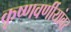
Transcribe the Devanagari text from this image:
कृष्णवर्णीयांवर